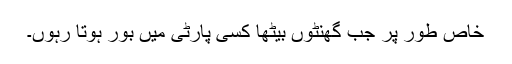
خاص طور پر جب گھنٹوں بیٹھا کسی پارٹی میں بور ہوتا رہوں۔